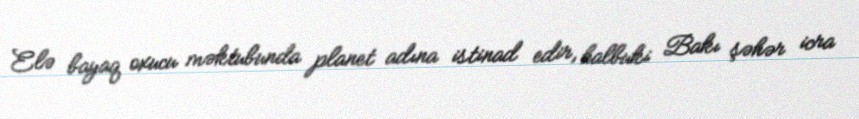
Elə bayaq oxucu məktubunda planet adına istinad edir, halbuki Bakı şəhər icra